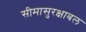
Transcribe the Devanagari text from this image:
सीमासुरक्षाबल